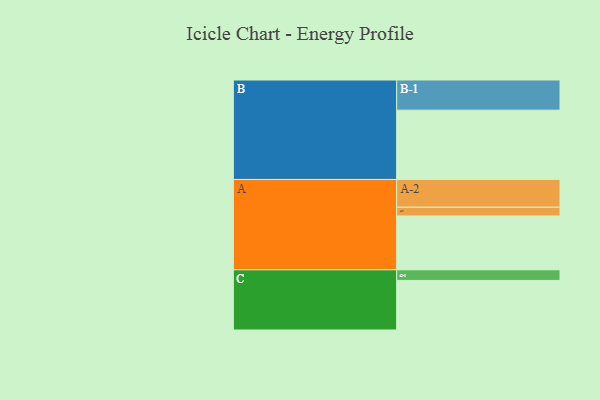
{"axis": {"x": "Segment", "y": "Value"}, "legend": ["", "A", "B", "C"], "data": [{"x": "A", "y": 466, "type": ""}, {"x": "B", "y": 600, "type": ""}, {"x": "C", "y": 429, "type": ""}, {"x": "A-1", "y": 76, "type": "A"}, {"x": "A-2", "y": 240, "type": "A"}, {"x": "B-1", "y": 261, "type": "B"}, {"x": "C-1", "y": 92, "type": "C"}]}